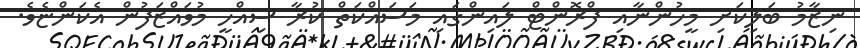
ނިޒާމު ބަލިކަށި މީހުންނާއި ފްރޮންޓް ލައިންގައި މަސައްކަތް ކުރާ ސިއްހީ މުވައްޒަފުން އެކަންޏެވެ.